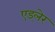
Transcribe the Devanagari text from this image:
एड्लेर